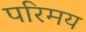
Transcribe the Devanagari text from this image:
परिमय